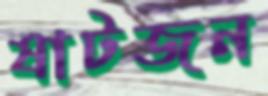
ষাটজন